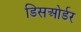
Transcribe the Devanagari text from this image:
डिसओर्डर